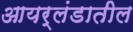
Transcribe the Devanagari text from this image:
आयर्लंडातील